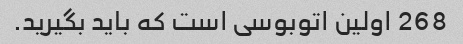
268 اولین اتوبوسی است که باید بگیرید.